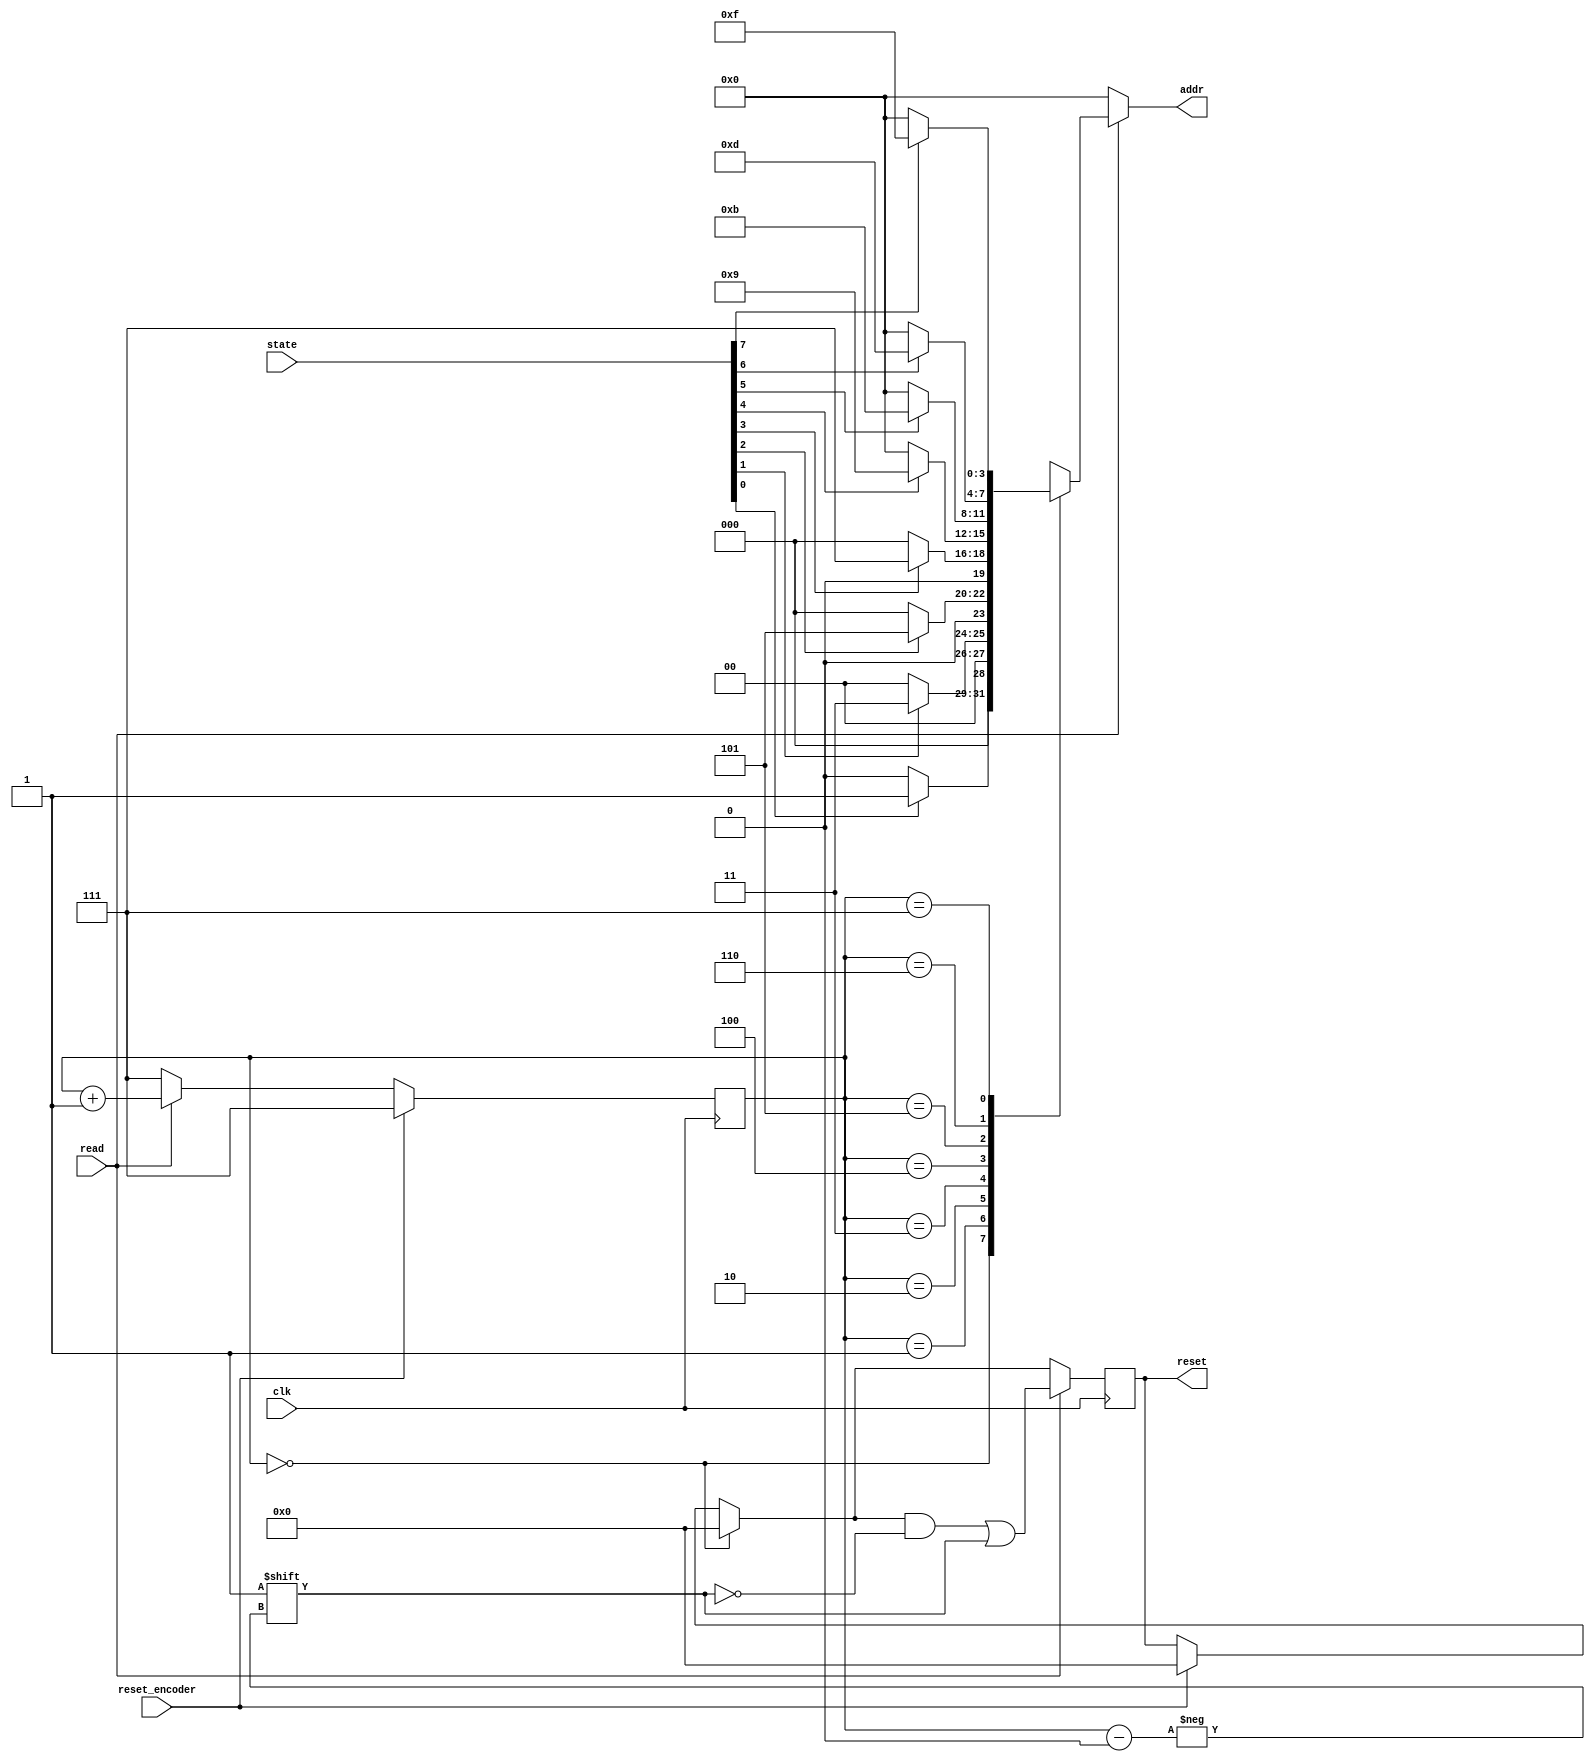
module pro_encoder83(	state,
						read,
						reset,
						addr,
						clk,
						reset_encoder);

input 	[7:0] 	state;
input 			read;
input 			clk;
input 			reset_encoder;
output 	[3:0]	addr;
output 	[7:0]	reset;


wire 	[7:0] 	state;
wire 			clk;
wire 			read;
wire 			reset_encoder;
reg 	[2:0] 	state_read=3'b000;
reg 	[3:0] 	addr=4'b0000;
reg 	[7:0] 	reset=8'b00000000;


always@(posedge clk)
	begin
		if(reset_encoder) state_read<=3'b111;			
		else 
			begin
				if(read) state_read<=state_read+1;
				else state_read<=3'b111;
			end
	end
always@(negedge clk)
	begin
		
		if(reset_encoder) reset<=8'b00000000;
		if(state_read==3'b000) reset<=8'b00000000;
		if(read) reset[state_read]<=1'b1;
		
	end
always@(state_read)
	begin
		if(read)
			begin
				case(state_read)
					3'b000: begin
								if(state[0]==1) addr<=4'b0001;
								else addr<=4'b0000;
							end
					3'b001: begin
								if(state[1]==1) addr<=4'b0011;
								else addr<=4'b0000;
							end
					3'b010: begin
								if(state[2]==1) addr<=4'b0101;
								else addr<=4'b0000;
							end
					3'b011: begin
								if(state[3]==1) addr<=4'b0111;
								else addr<=4'b0000;
							end
					3'b100: begin
								if(state[4]==1) addr<=4'b1001;
								else addr<=4'b0000;
							end
					3'b101: begin
								if(state[5]==1) addr<=4'b1011;
								else addr<=4'b0000;
							end
					3'b110: begin
								if(state[6]==1) addr<=4'b1101;
								else addr<=4'b0000;
							end
					3'b111: begin
								if(state[7]==1) addr<=4'b1111;
								else addr<=4'b0000;
							end
				endcase
			end
		else 
			begin
				addr<=4'b0000;
			end
	end
endmodule